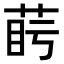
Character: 𦲰